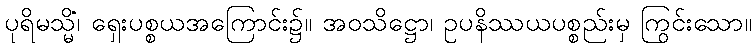
ပုရိမသ္မိံ၊ ရှေးပစ္စယအကြောင်း၌။ အဝသိဋ္ဌော၊ ဥပနိဿယပစ္စည်းမှ ကြွင်းသော။